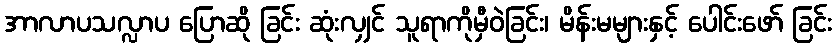
အာလာပသလ္လာပ ပြောဆို ခြင်း ဆုံးလျှင် သူရာကိုမှီဝဲခြင်း၊ မိန်းမများနှင့် ပေါင်းဖော် ခြင်း